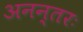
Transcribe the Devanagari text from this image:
अनन्तरः